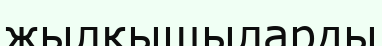
жылқышыларды